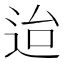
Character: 迨